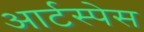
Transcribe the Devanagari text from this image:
आर्टस्पेस